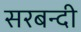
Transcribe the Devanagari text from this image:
सरबन्दी